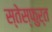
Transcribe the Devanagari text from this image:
स्तेस्फुर्त